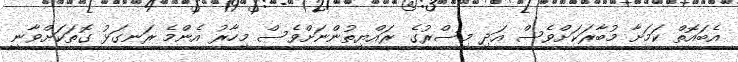
އެބައޮތް ކަމަށާ މުބާރަކަށްވެސް އަދި މިސްރުގެ ރައްޔިތުންނަށްވެސް މިހާރު އެންމެ ރަނގަޅު ގޮތަކަށްވާނީ